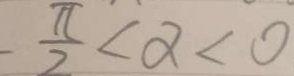
\frac { \pi } { 2 } < \alpha < 0